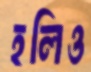
হলিও